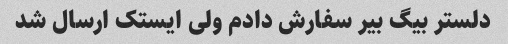
دلستر بیگ بیر سفارش دادم ولی ایستک ارسال شد